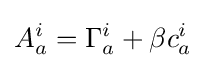
A_{a}^{i}=\Gamma _{a}^{i}+\beta c_{a}^{i}